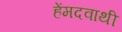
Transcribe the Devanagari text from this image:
हेंमदवाथी